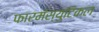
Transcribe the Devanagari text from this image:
फारमॅस्युटिकल